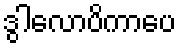
ဒွါလောပိကာပေ